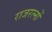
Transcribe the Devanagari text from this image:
राजरत्नों